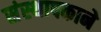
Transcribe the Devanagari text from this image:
संस्थापकाने